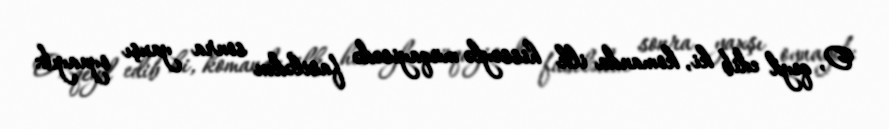
O, qeyd edib ki, komanda ilk hissəylə müqayisədə fasilədən sonra yaxşı oynayıb: